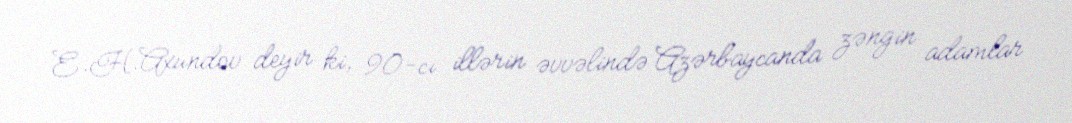
E.H.Axundov deyir ki, 90-cı illərin əvvəlində Azərbaycanda zəngin adamlar